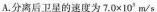
A.分离后卫星的速度为$$7 . 0 × 1 0 ^{ 3 }$$m/s